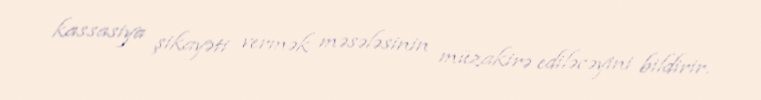
kassasiya şikayəti vermək məsələsinin müzakirə ediləcəyini bildirir.